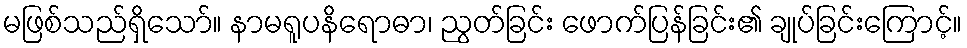
မဖြစ်သည်ရှိသော်။ နာမရူပနိရောဓာ၊ ညွတ်ခြင်း ဖောက်ပြန်ခြင်း၏ ချုပ်ခြင်းကြောင့်။